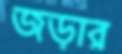
জড়ার